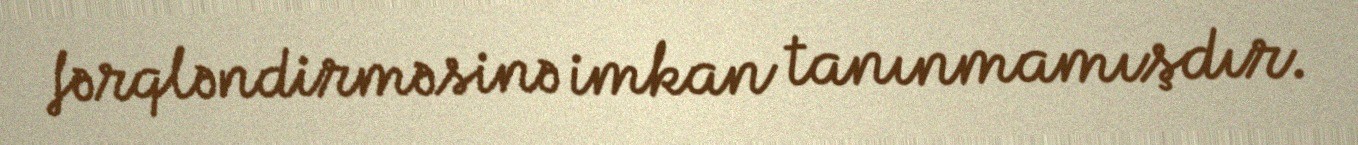
fərqləndirməsinə imkan tanınmamışdır.